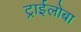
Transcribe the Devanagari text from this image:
ट्राईलोबा